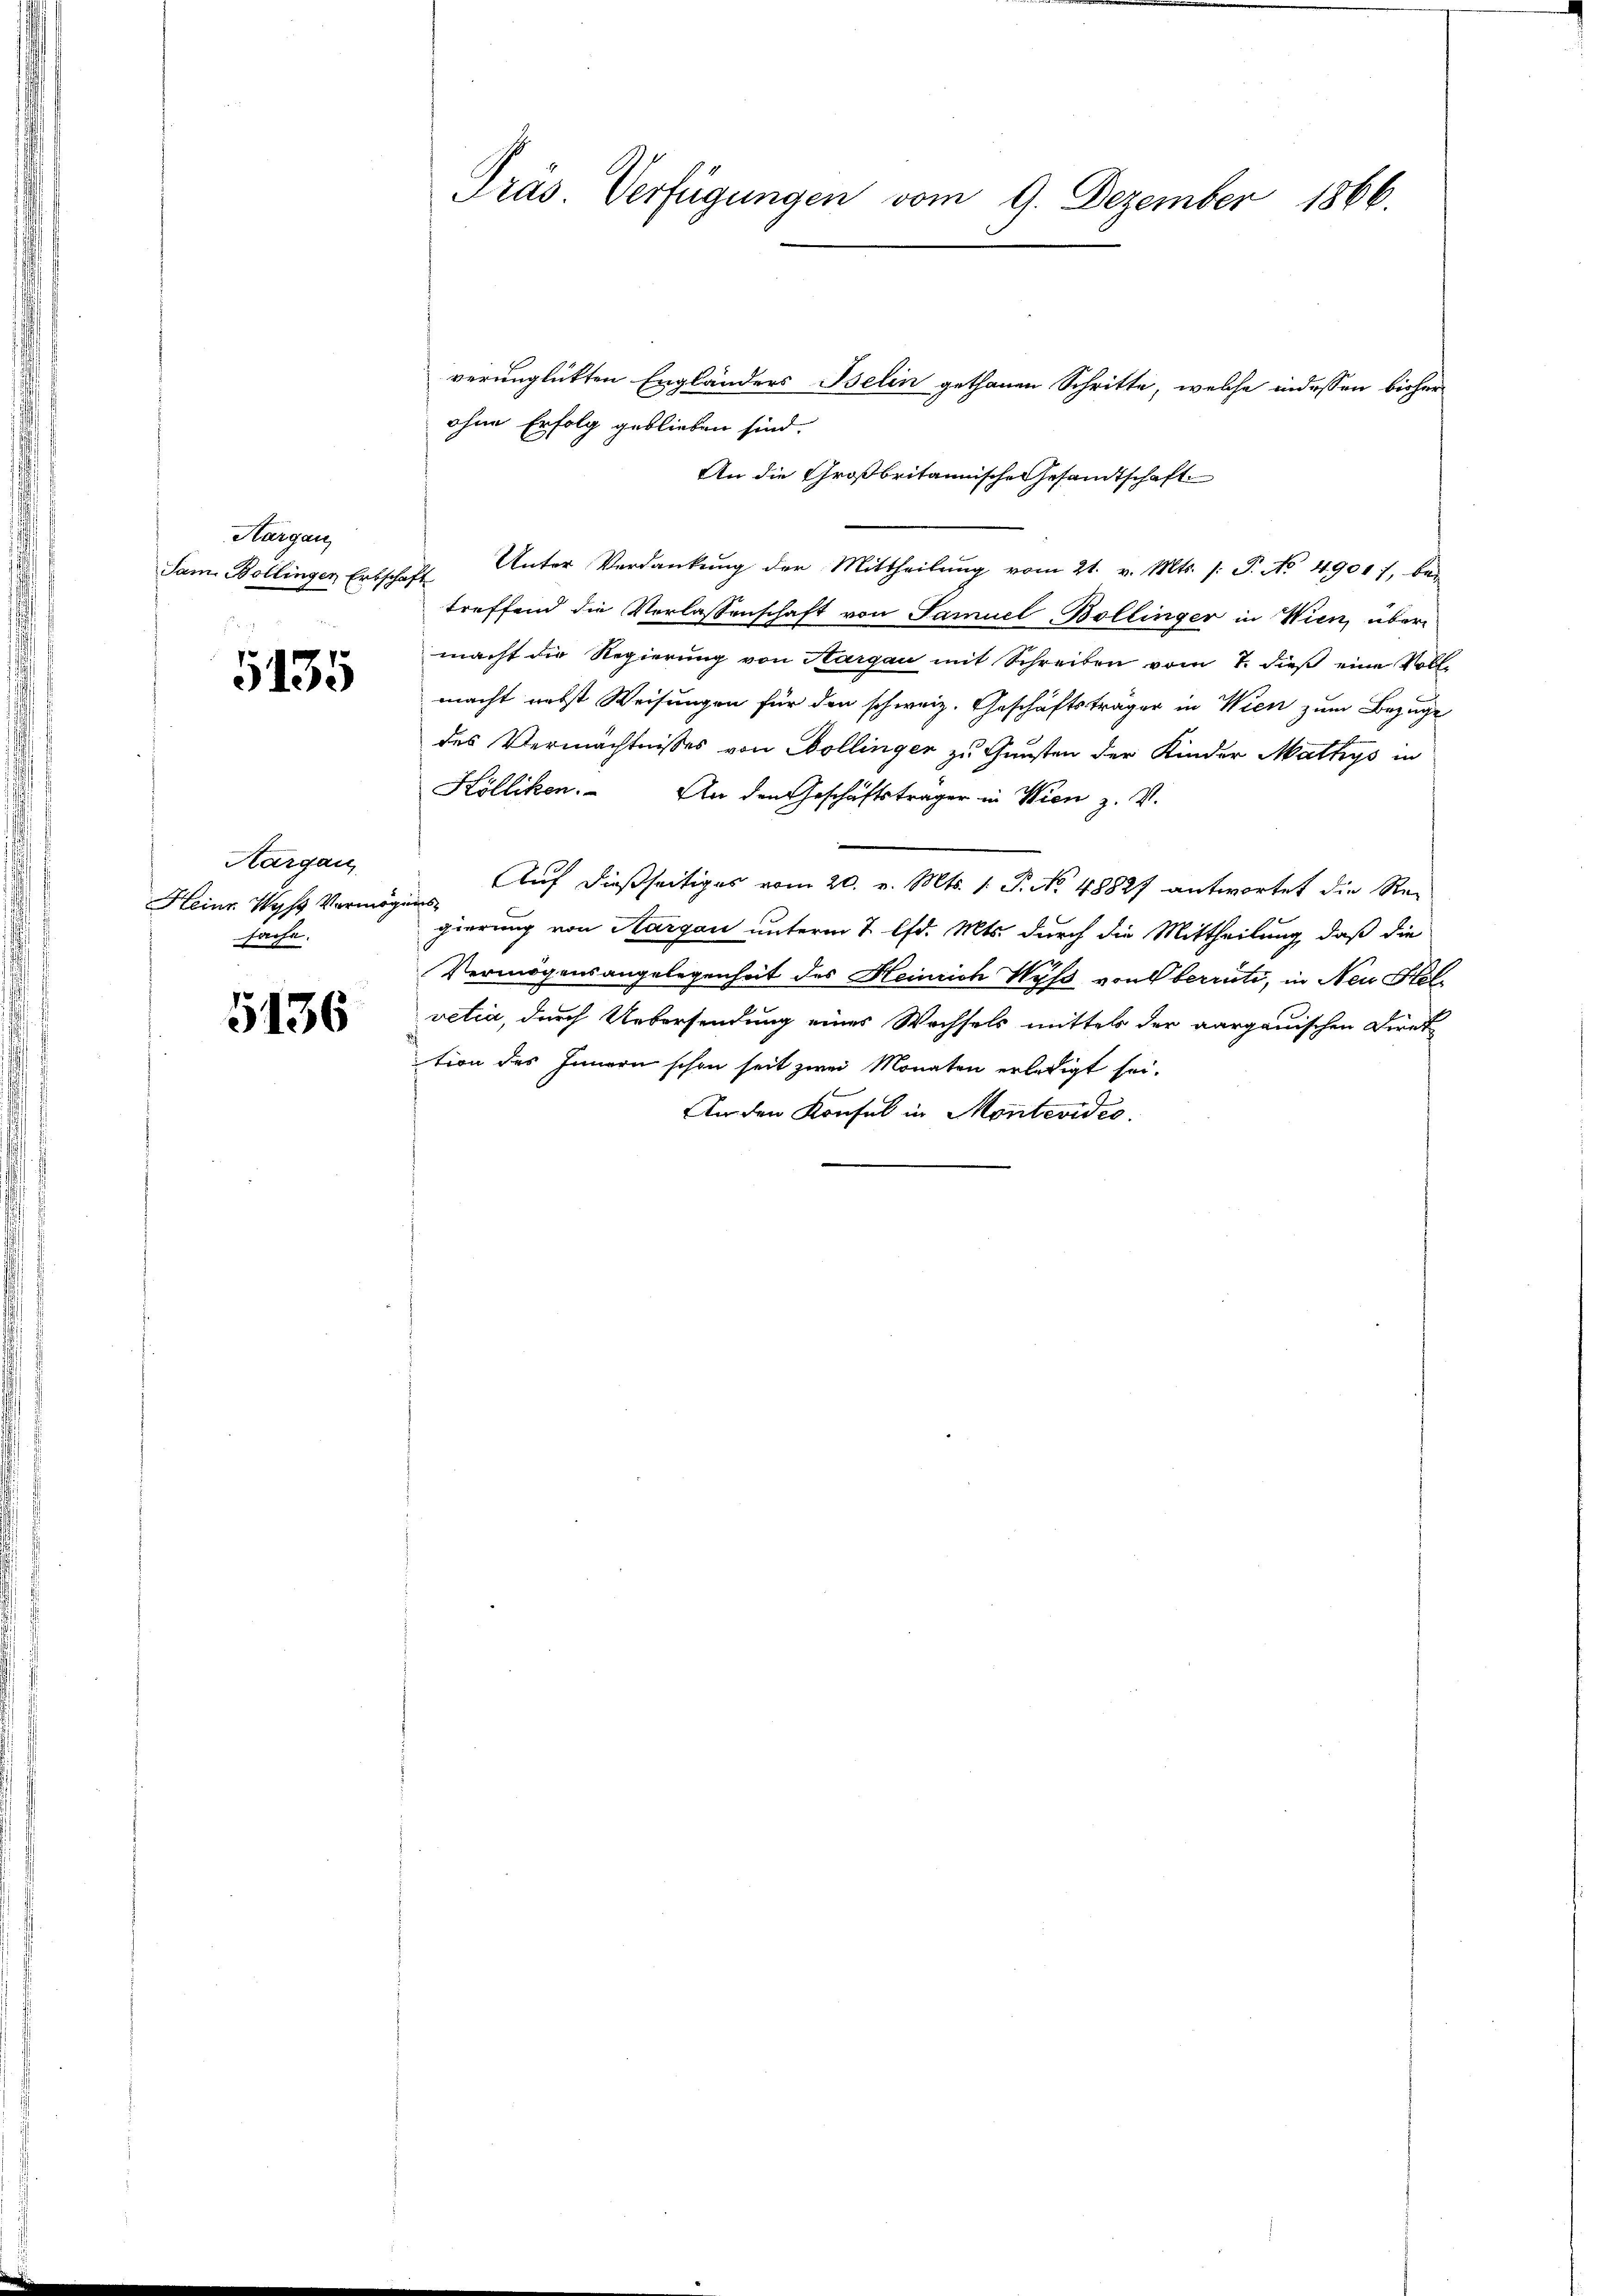
Hargau
Sam. Bollinger Erbschaft

5135

Aargau
Heinr Wyss Vermög
sache.

5136

Präs. Verfügungen vom 9. Dezember 1866.

verunglückten Engländers Belin gethanen Schritte, welche indessen bisher
ohne Erfolg geblieben sind.
An die Großbritannische Gesamtschaft
Unter Verdankŭng der Mittheilŭng vom 21. v. Mts. /: P. No. 4901 f. bei
treffend die Verlassenschaft von Samuel Bollinger in Wien, über
macht die Regierung von Aargau mit Schreiben vom 7. dieß eine Vollmacht nebst Weisungen für den schweiz. Geschäftsträger in Wien zum Bezuge
des Vermächtnisses von Wollinger zu Gunsten der Kinder Mathys in
Kölliken. An den Geschäftsträger in Wien z. V.
Auf dießseitiges vom 20. v. Mts. 1. P. No. 48827 antwortet die Re-
ises
gierung von Aargau unterm 2. lfd. Mts. durch die Mittheilung, daß die
Vermögensangelegenheit des Heinrich Wyss von Oberrüti, in Neu Stel
vetia, durch Uebersendung eines Wechsels mittels der aargauischen Direk
tion des Innern schon seit zwei Monaten erledigt sei.
Amden Konsul in Montevideo